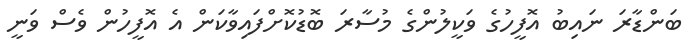
ބަންޑާރަ ނައިބު އޮފީހުގެ ވަކީލުންގެ މުސާރަ ބޮޑުކޮށްފައިވާކަން އެ އޮފީހުން ވެސް ވަނީ